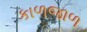
કાળજાળ